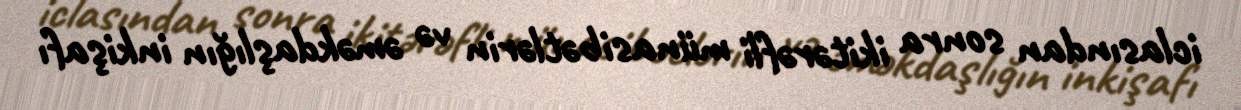
iclasından sonra ikitərəfli münasibətlərin və əməkdaşlığın inkişafı